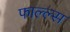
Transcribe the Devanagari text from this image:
फाल्ल्स